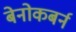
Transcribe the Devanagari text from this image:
बेनोकबर्न